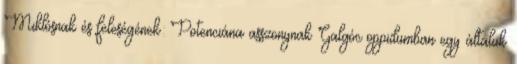
Miklósnak és feleségének: Potenciána asszonynak Galgóc oppidumban egy általuk